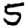
Digit: 5